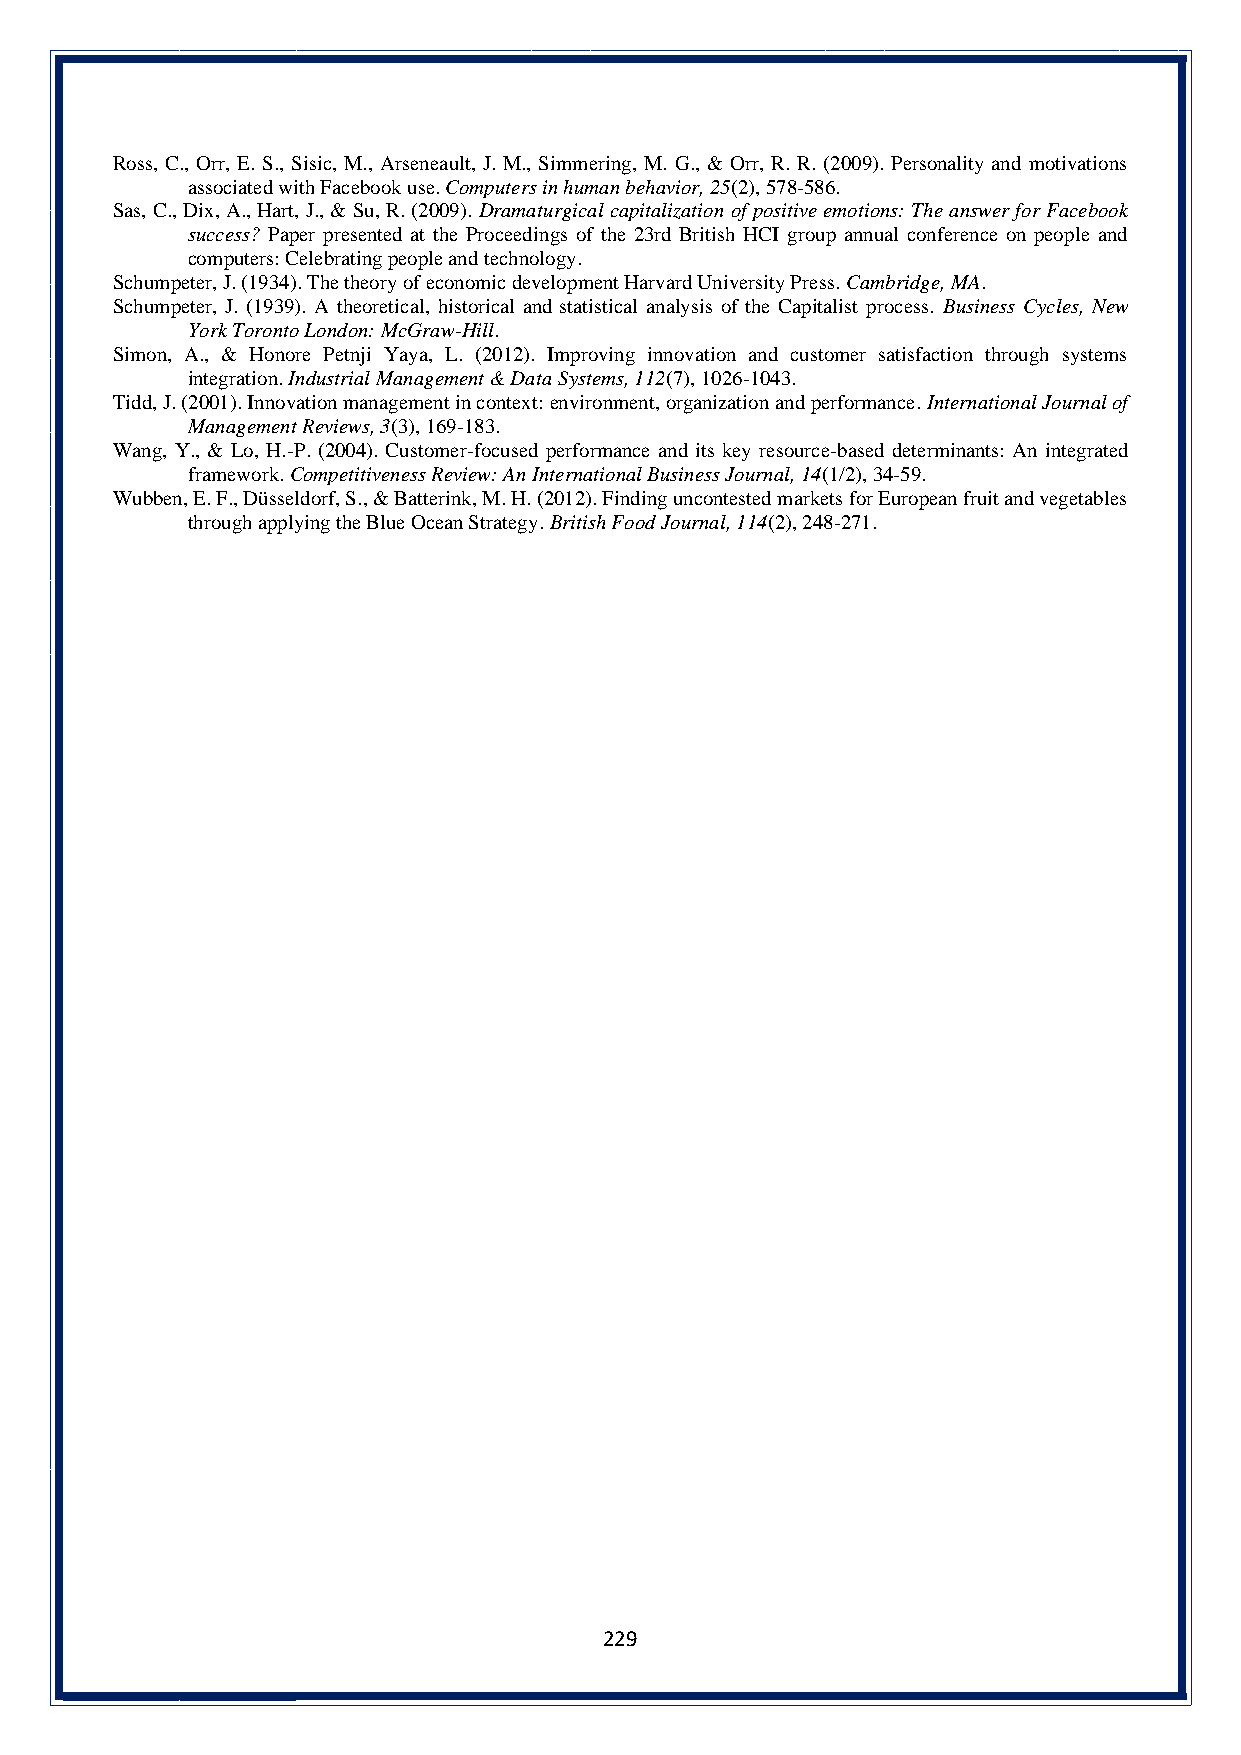
Ross, C., Orr, E. S., Sisic, M., Arseneault, J. M., Simmering, M. G., & Orr, R. R. (2009). Personality and motivations
 associated with Facebook use. Computers in human behavior, 25(2), 578-586.
 Sas, C., Dix, A., Hart, J., & Su, R. (2009). Dramaturgical capitalization of positive emotions: The answer for Facebook
 success? Paper presented at the Proceedings of the 23rd British HCI group annual conference on people and
 computers: Celebrating people and technology.
 Schumpeter, J. (1934). The theory of economic development Harvard University Press. Cambridge, MA.
 Schumpeter, J. (1939). A theoretical, historical and statistical analysis of the Capitalist process. Business Cycles, New
 York Toronto London: McGraw-Hill.
 Simon, A., & Honore Petnji Yaya, L. (2012). Improving innovation and customer satisfaction through systems
 integration. Industrial Management & Data Systems, 112(7), 1026-1043.
 Tidd, J. (2001). Innovation management in context: environment, organization and performance. International Journal of
 Management Reviews, 3(3), 169-183.
 Wang, Y., & Lo, H.-P. (2004). Customer-focused performance and its key resource-based determinants: An integrated
 framework. Competitiveness Review: An International Business Journal, 14(1/2), 34-59.
 Wubben, E. F., Düsseldorf, S., & Batterink, M. H. (2012). Finding uncontested markets for European fruit and vegetables
 through applying the Blue Ocean Strategy. British Food Journal, 114(2), 248-271.
 229